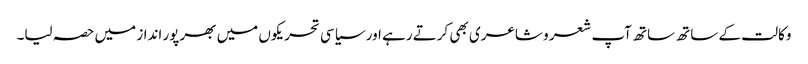
وکالت کے ساتھ ساتھ آپ شعر و شاعری بھی کرتے رہے اور سیاسی تحریکوں میں بھرپور انداز میں حصہ لیا۔